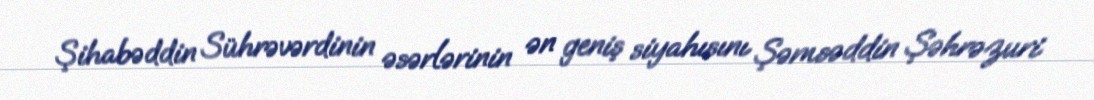
Şihabəddin Sührəvərdinin əsərlərinin ən geniş siyahısını Şəmsəddin Şəhrəzuri